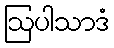
ဩပါသာဒံ